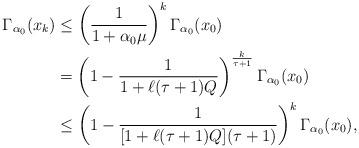
LaTeX: \begin{align*}\Gamma_{\alpha_0}(x_k)& \leq\left(\frac{1}{1+\alpha_0\mu}\right)^{k} \Gamma_{\alpha_0}(x_0) \\&= \left(1-\frac{1}{1+\ell(\tau+1)Q}\right)^{\frac{k}{\tau+1}} \Gamma_{\alpha_0}(x_0) \\&\leq \left(1-\frac{1}{[1+\ell(\tau+1)Q](\tau+1)}\right)^k \Gamma_{\alpha_0}(x_0),\end{align*}